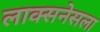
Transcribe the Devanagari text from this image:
लाक्सनेसला